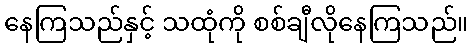
နေကြသည်နှင့် သထုံကို စစ်ချီလိုနေကြသည်။